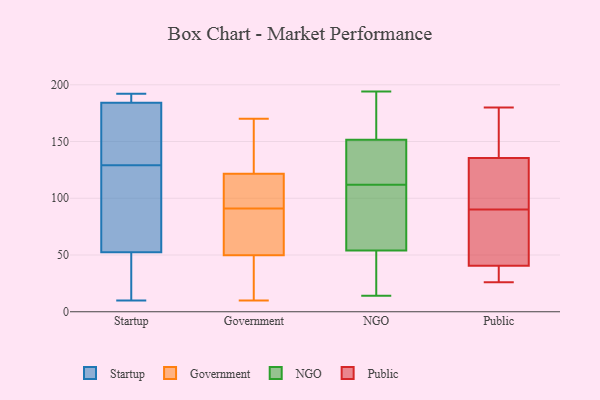
{"axis": {"x": "Production Output", "y": "Value"}, "legend": ["Government", "NGO", "Public", "Startup"], "data": [{"x": "", "y": 48, "type": "Startup"}, {"x": "", "y": 47, "type": "Startup"}, {"x": "", "y": 185, "type": "Startup"}, {"x": "", "y": 143, "type": "Startup"}, {"x": "", "y": 129, "type": "Startup"}, {"x": "", "y": 109, "type": "Startup"}, {"x": "", "y": 54, "type": "Startup"}, {"x": "", "y": 60, "type": "Startup"}, {"x": "", "y": 184, "type": "Startup"}, {"x": "", "y": 10, "type": "Startup"}, {"x": "", "y": 191, "type": "Startup"}, {"x": "", "y": 152, "type": "Startup"}, {"x": "", "y": 192, "type": "Startup"}, {"x": "", "y": 38, "type": "Government"}, {"x": "", "y": 148, "type": "Government"}, {"x": "", "y": 120, "type": "Government"}, {"x": "", "y": 91, "type": "Government"}, {"x": "", "y": 47, "type": "Government"}, {"x": "", "y": 100, "type": "Government"}, {"x": "", "y": 161, "type": "Government"}, {"x": "", "y": 117, "type": "Government"}, {"x": "", "y": 29, "type": "Government"}, {"x": "", "y": 28, "type": "Government"}, {"x": "", "y": 83, "type": "Government"}, {"x": "", "y": 153, "type": "Government"}, {"x": "", "y": 58, "type": "Government"}, {"x": "", "y": 10, "type": "Government"}, {"x": "", "y": 101, "type": "Government"}, {"x": "", "y": 91, "type": "Government"}, {"x": "", "y": 65, "type": "Government"}, {"x": "", "y": 122, "type": "Government"}, {"x": "", "y": 170, "type": "Government"}, {"x": "", "y": 113, "type": "NGO"}, {"x": "", "y": 111, "type": "NGO"}, {"x": "", "y": 44, "type": "NGO"}, {"x": "", "y": 35, "type": "NGO"}, {"x": "", "y": 64, "type": "NGO"}, {"x": "", "y": 194, "type": "NGO"}, {"x": "", "y": 93, "type": "NGO"}, {"x": "", "y": 117, "type": "NGO"}, {"x": "", "y": 162, "type": "NGO"}, {"x": "", "y": 141, "type": "NGO"}, {"x": "", "y": 29, "type": "NGO"}, {"x": "", "y": 102, "type": "NGO"}, {"x": "", "y": 26, "type": "NGO"}, {"x": "", "y": 164, "type": "NGO"}, {"x": "", "y": 14, "type": "NGO"}, {"x": "", "y": 187, "type": "NGO"}, {"x": "", "y": 94, "type": "NGO"}, {"x": "", "y": 139, "type": "NGO"}, {"x": "", "y": 122, "type": "NGO"}, {"x": "", "y": 189, "type": "NGO"}, {"x": "", "y": 123, "type": "Public"}, {"x": "", "y": 31, "type": "Public"}, {"x": "", "y": 131, "type": "Public"}, {"x": "", "y": 145, "type": "Public"}, {"x": "", "y": 121, "type": "Public"}, {"x": "", "y": 137, "type": "Public"}, {"x": "", "y": 180, "type": "Public"}, {"x": "", "y": 175, "type": "Public"}, {"x": "", "y": 173, "type": "Public"}, {"x": "", "y": 35, "type": "Public"}, {"x": "", "y": 54, "type": "Public"}, {"x": "", "y": 26, "type": "Public"}, {"x": "", "y": 89, "type": "Public"}, {"x": "", "y": 122, "type": "Public"}, {"x": "", "y": 36, "type": "Public"}, {"x": "", "y": 62, "type": "Public"}, {"x": "", "y": 90, "type": "Public"}, {"x": "", "y": 61, "type": "Public"}, {"x": "", "y": 34, "type": "Public"}]}